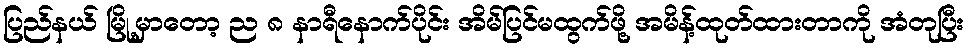
ပြည်နယ် မြို့မှာတော့ ည ၈ နာရီနောက်ပိုင်း အိမ်ပြင်မထွက်ဖို့ အမိန့်ထုတ်ထားတာကို အံတုပြီး